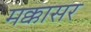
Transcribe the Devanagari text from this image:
मक्कासर